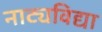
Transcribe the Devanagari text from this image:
नाट्यविद्या